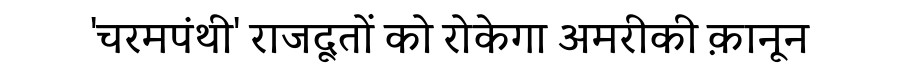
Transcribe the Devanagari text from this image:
'चरमपंथी' राजदूतों को रोकेगा अमरीकी क़ानून